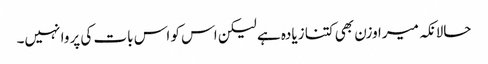
حالانکہ میرا وزن بھی کتنا زیادہ ہے لیکن اس کو اس بات کی پروا نہیں۔